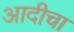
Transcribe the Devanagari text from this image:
आदीचा